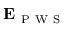
\mathbf { E } _ { \mathrm { ~ P ~ W ~ S ~ } }